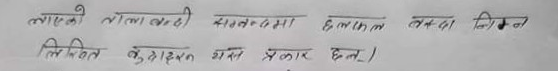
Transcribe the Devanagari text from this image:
लाएको ताला संबंधी सादरभमा छलफल लगत्तै निम्ना लिखीत कुराहरू यस प्रकार छन् ।